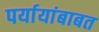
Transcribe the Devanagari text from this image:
पर्यायांबाबत